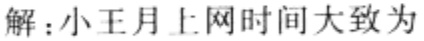
解：小王月上网时间大致为